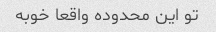
تو این محدوده واقعا خوبه